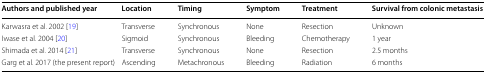
<table><thead><tr><td><b>Authors and published year</b></td><td><b>Location</b></td><td><b>Timing</b></td><td><b>Symptom</b></td><td><b>Treatment</b></td><td><b>Survival from colonic metastasis</b></td></tr></thead><tbody><tr><td>Karwasra et al. 2002 [19]</td><td>Transverse</td><td>Synchronous</td><td>None</td><td>Resection</td><td>Unknown</td></tr><tr><td>Iwase et al. 2004 [20]</td><td>Sigmoid</td><td>Synchronous</td><td>Bleeding</td><td>Chemotherapy</td><td>1 year</td></tr><tr><td>Shimada et al. 2014 [21]</td><td>Transverse</td><td>Synchronous</td><td>None</td><td>Resection</td><td>2.5 months</td></tr><tr><td>Garg et al. 2017 (the present report)</td><td>Ascending</td><td>Metachronous</td><td>Bleeding</td><td>Radiation</td><td>6 months</td></tr></tbody></table>